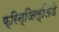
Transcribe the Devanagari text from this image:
फ्रिन्जिल्लिडे